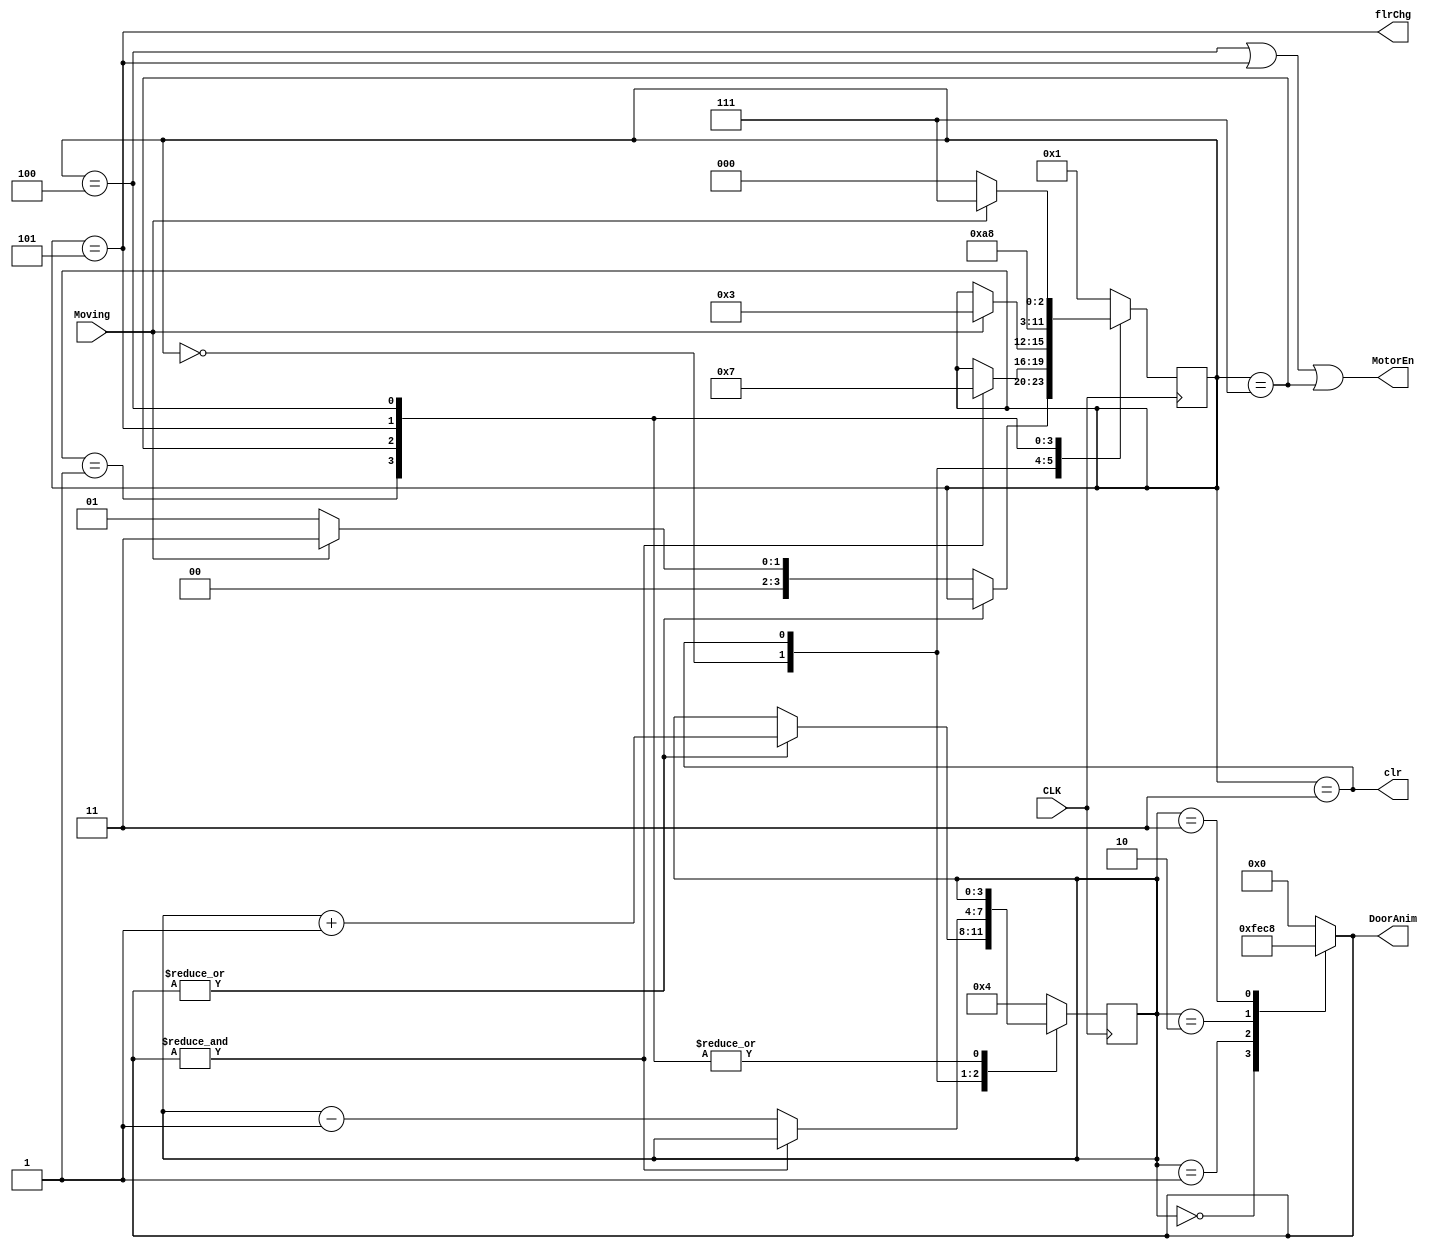




module Elevator_sMachine(
	input				CLK,		//1hz
	input				Moving,		//external logic lets us know we have somewhere to go
	//output	reg	[1:0]	Number,
	output				MotorEn,
	output	reg [3:0]	DoorAnim,
	output				clr,
	output				flrChg
);

parameter	s_dOpen		= 3'h0,
			s_dClose	= 3'h3,
			s_Idle		= 3'h1,
			s_Depart	= 3'h7,//the upper bit is if we are in a moving state
			s_Moving	= 3'h5,
			s_Arrived	= 3'h4;

reg	[3:0]	state;
reg [3:0]	count;

//Number = {state[2]&state[1],state[2]&state[0]};
assign MotorEn = (state==s_Arrived)|(state==s_Moving)|(state==s_Depart);
assign clr = (state == s_dClose);
assign flrChg = (state == s_Moving);
//clr needs to set to change the curflr before we get to the next
//CLK edge

always@(posedge CLK)
begin

	case(state)
		s_dOpen:
		begin
			if(|DoorAnim)
			begin
				count = count + 1;
				state = state;
			end
			else
			begin
				if(Moving)
				begin
					count = count;
					state = s_dClose;
				end
				else
				begin
					count = count;
					state = s_Idle;
				end
			end
		end
		s_dClose:
		begin
			if(~&DoorAnim)
			begin
				count = count - 1;
				state = state;
			end
			else
			begin
				count = count;
				state = s_Depart;
			end
		end
		s_Idle:
			if(Moving)
			begin
				count = count;
				state = s_dClose;
			end
			else
			begin
				count = count;
				state = state;
			end
		s_Depart:
		begin
			count = count;
			state = s_Moving;
		end
		s_Moving:
		begin
			count = count;
			state = s_Arrived;
		end
		s_Arrived:
		begin
			if(Moving)
			begin
				state = s_Depart;
				count = count;
			end
			else
			begin
				state = s_dOpen;
				count = count;
			end
		end
		default:
		begin
			count = 4;
			state = s_Idle;
		end
	endcase
end


always@(count)
begin
case(count)
	0:
		DoorAnim = 4'b1111;
	1:
		DoorAnim = 4'b1110;
	2:
		DoorAnim = 4'b1100;
	3:
		DoorAnim = 4'b1000;
	4:
		DoorAnim = 4'b0000;
	default:
		DoorAnim = 4'b0000;
endcase
end


endmodule